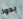
بدوا